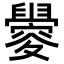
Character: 𬜀